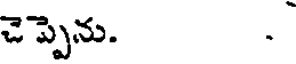
చెప్పెను. .